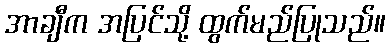
အာချီက အပြင်သို့ ထွက်မည်ပြုသည်။